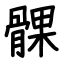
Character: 髁